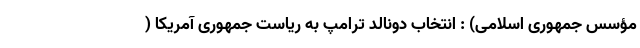
مؤسس جمهوری اسلامی) : انتخاب دونالد ترامپ به ریاست جمهوری آمریکا (